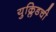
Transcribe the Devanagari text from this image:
युक्लिडची